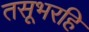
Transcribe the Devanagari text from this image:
तसूभरहि